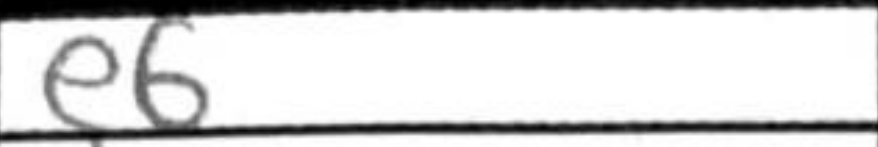
Transcription: e6